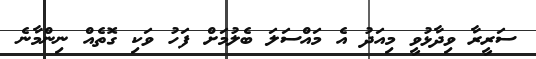
ސަރީރާ ވިދާޅުވީ މިއަދު އެ މައްސަލަ ބެލުމަށް ފަހު ވަކި ގޮތެއް ނިންމާނެ